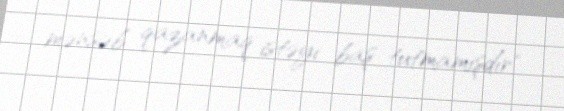
mənsəb qazanmaq istəyi baş tutmamışdır".